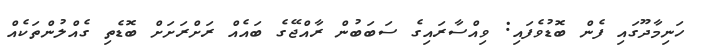
ހަނިމާދޫގައި ފެން ބޮޑުވެފައި: ވިއްސާރައިގެ ސަބަބުން ރާއްޖޭގެ ބައެއް ރަށްރަށަށް ބޮޑެތި ގެއްލުންތަކެއް